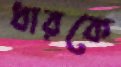
ধারকে